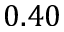
0 . 4 0